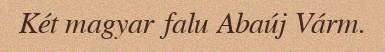
Két magyar falu Abaúj Várm.